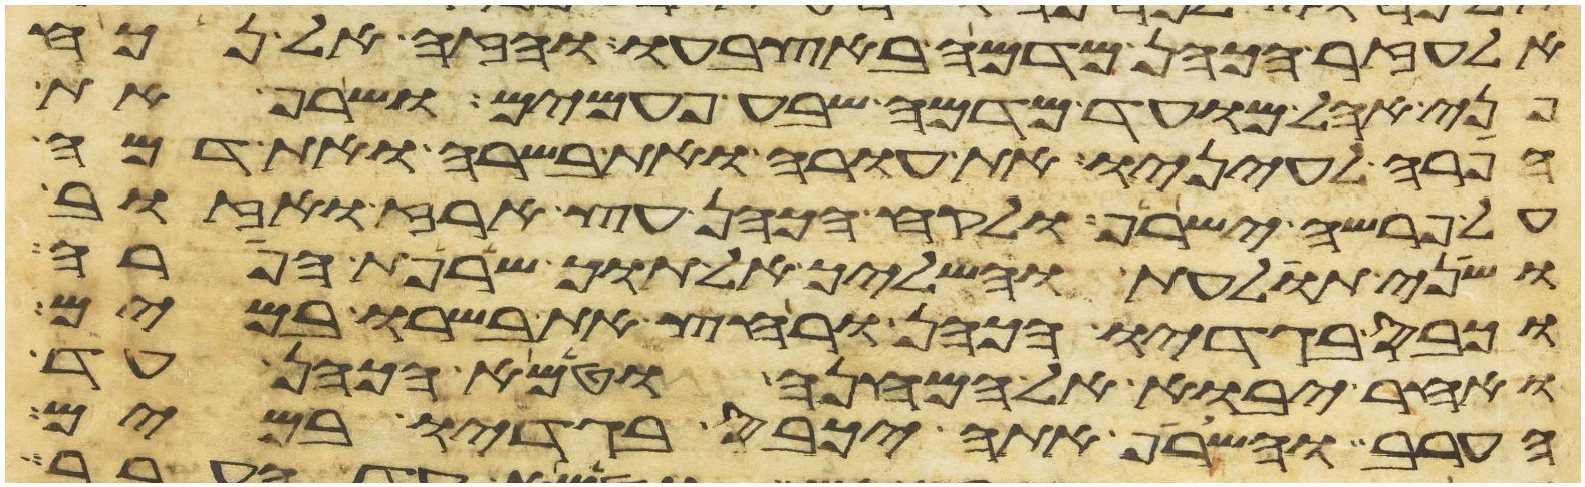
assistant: אלעזר הכהן מדמה באצבעו והזה אל נכח
פני אהל מועד מדמה שבע פעמים ושרף את
הפרה לעיניו את עורה ואת בשרה ואת דמה
על פרשה ישרף ולקח הכהן עץ ארז ואזוב
ושני תולעת והשליך אל תוך שרפת הפרה
וכבס בגדיו הכהן ורחץ את בשרו במים
ואחר יבוא אל המחנה וטמא הכהן עד
הערב והשרף אתה יכבס בגדיו במים